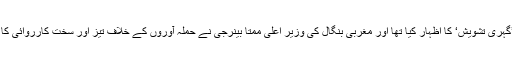
بھارت کے وزیرِ اعظم نریندر مودی نے اس واقعے پر ’گہری تشویش‘ کا اظہار کیا تھا اور مغربی بنگال کی وزیرِ اعلیٰ ممتا بینرجی نے حملہ آوروں کے خلاف تیز اور سخت کارروائی کا وعدہ کرتے ہوئے کیس سی بی آئی کے سپرد کر دیا تھا۔